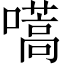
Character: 嚆